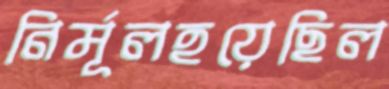
নির্মূলহয়েছিল